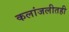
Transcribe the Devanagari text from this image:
कलांजलीतही